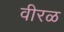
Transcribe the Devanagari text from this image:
वीरळ